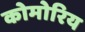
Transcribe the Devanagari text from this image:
कोमोरिय